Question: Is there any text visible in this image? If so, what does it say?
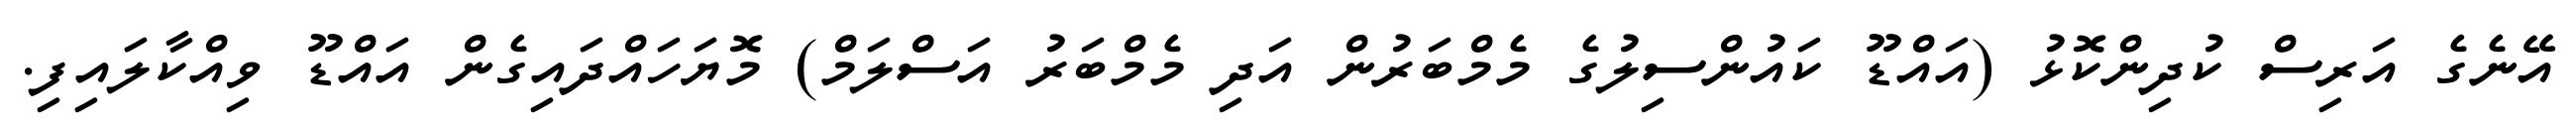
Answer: އޭނެގެ އަރިސް ކުދިންކޮޅު (އައްޑޫ ކައުންސިލުގެ މެމްބަރުން އަދި މެމްބަރު އަސްލަމް) މޮޔަހައްދައިގެން އައްޑޫ ވިއްކާލައިފި.